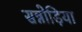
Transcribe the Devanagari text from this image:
सन्नोड़िया